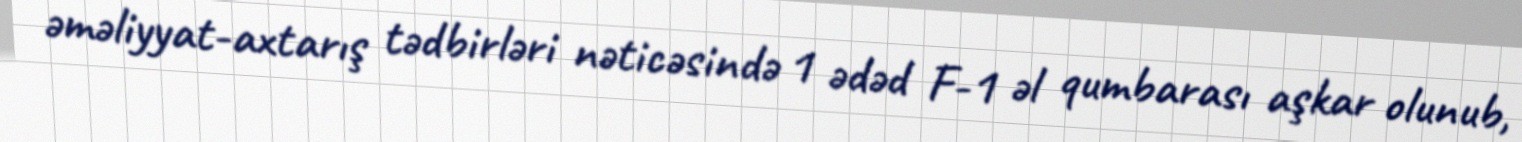
əməliyyat-axtarış tədbirləri nəticəsində 1 ədəd F-1 əl qumbarası aşkar olunub,